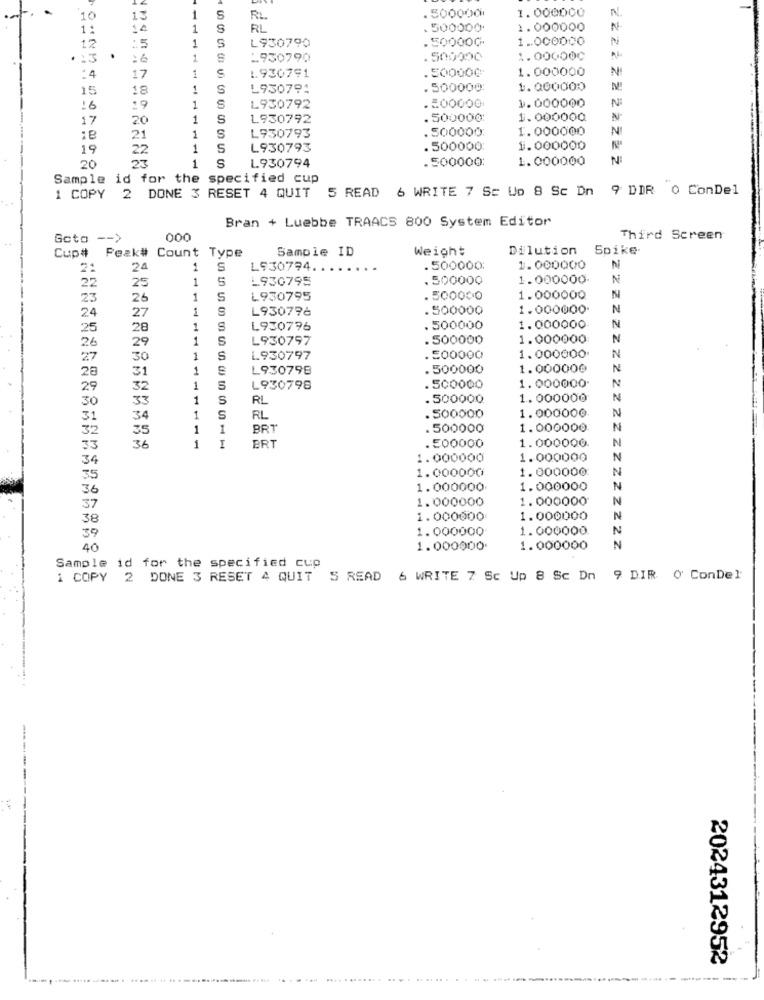
.
. 500000
1.000000
N
10
13
1
S
RL.
1.
1 4
1
S
RL
. 500000
1.000000
N
1
S
L930790
.500000
1.000000
12
.5
.
1
-930790
.500990
1.000000
1
1930791
.500000
1.000000
N
:4
17
5
15
18
1
S
L930791
500000:
1.000000
200000
1.000000
N
16
19
1
S
L930792
17
20
1
S
1930792
500000
1.000000
N-
L930793
500000
1. 000000
:8
21
1
S
19
22
1
S
L930793
. 500000
1.000000
20
1
S
. 500000:
1.000000
N
L.930794
Sample id for the specified cup
5 READ 6 WRITE 7 SE Uo 8 Sc Dn 9 DIR 0 ConDel
1 COPY 2 DONE 3 RESET 4 QUIT
Bran + Luebbe TRAACS 800 System Editor
Gcto -- >
000
Third Screen
Cup# Peak# Count Type
Sample ID
Weight
Dilution
Spike-
21
24
1
S
L930794 ..
. 500000
1.000000
N
25
1
5
L930795
.500000
1.000000
N
22
23
26
1
S
L930795
. 5
.500000
1.000000
24
1
L930796
.500000
1.000000
N
27
25
28
1
S
L930796
. 500000
1.000000
29
1
S
L930797
.500000
1.000000
N
26
1.000000
27
30
1
S
L930797
.500000
N
1
L930798
500000
1.000000
N
28
31
1.000000
32
1
5
L930798
. 500000
30
33
1
S
RL
. 500000
1.000000
N
34
1
S
RL
1.000000
32
35
1
1
BRT'
. 500000
1.000000
N
36
ERT
. 500000
N
33
1
I
1.000000
34
1.000000
1.000000
1.000000
1.000000
35
36
1.000000
1.000000
N
1.000000
1.000000
N
38
1.000000
1.000000
N
1.000000
1.000000
39
40
1.000000.
1.000000
Sample id for the specified cup
1 COPY 2 DONE 3 RESET 4 QUIT S READ 6 WRITE 7 Sc Up 8 Sc Dn
9 DIR O ConDel
2024312952
--------